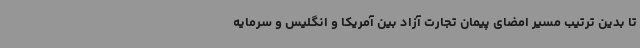
تا بدین ترتیب مسیر امضای پیمان تجارت آزاد بین آمریکا و انگلیس و سرمایه